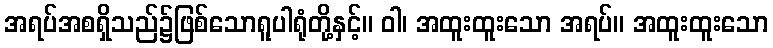
အရပ်အစရှိသည်၌ဖြစ်သောရူပါရုံတို့နှင့်။ ဝါ၊ အထူးထူးသော အရပ်။ အထူးထူးသော